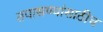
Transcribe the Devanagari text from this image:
तपासण्यांसाठीच